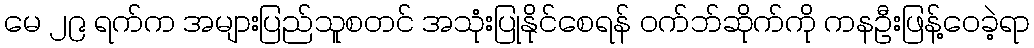
မေ ၂၉ ရက်က အများပြည်သူစတင် အသုံးပြုနိုင်စေရန် ဝက်ဘ်ဆိုက်ကို ကနဦးဖြန့်ဝေခဲ့ရာ